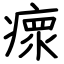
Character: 瘝